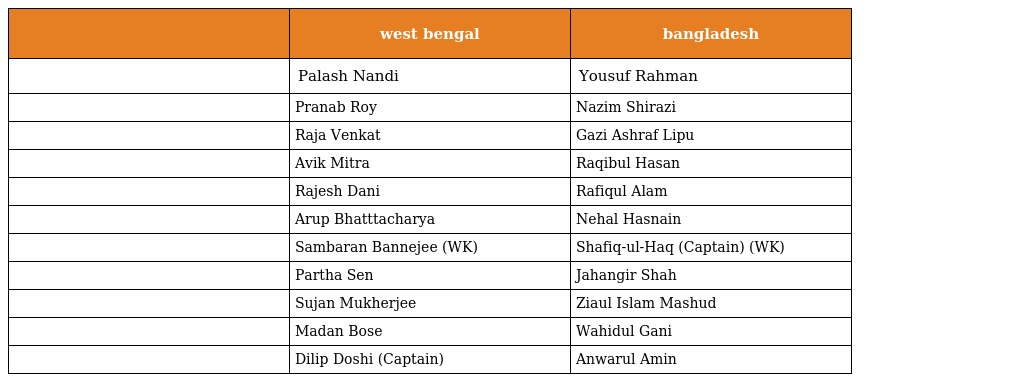
|  | west bengal | bangladesh |
 | --- | --- | --- |
 |  | Palash Nandi | Yousuf Rahman |
 |  | Pranab Roy | Nazim Shirazi |
 |  | Raja Venkat | Gazi Ashraf Lipu |
 |  | Avik Mitra | Raqibul Hasan |
 |  | Rajesh Dani | Rafiqul Alam |
 |  | Arup Bhatttacharya | Nehal Hasnain |
 |  | Sambaran Bannejee (WK) | Shafiq-ul-Haq (Captain) (WK) |
 |  | Partha Sen | Jahangir Shah |
 |  | Sujan Mukherjee | Ziaul Islam Mashud |
 |  | Madan Bose | Wahidul Gani |
 |  | Dilip Doshi (Captain) | Anwarul Amin |